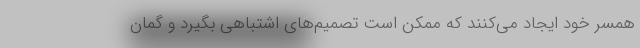
همسر خود ایجاد می‌کنند که ممکن است تصمیم‌های اشتباهی بگیرد و گمان